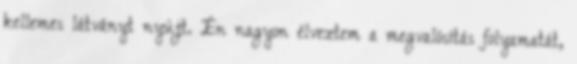
kellemes látványt nyújt. Én nagyon élveztem a megvalósítás folyamatát,